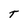
Character: T